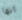
انها